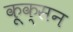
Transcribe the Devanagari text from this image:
कूक्सन